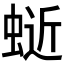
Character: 𫋅